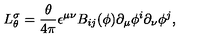
L _ { \theta } ^ { \sigma } = { \frac { \theta } { 4 \pi } } \epsilon ^ { \mu \nu } B _ { i j } ( \phi ) \partial _ { \mu } \phi ^ { i } \partial _ { \nu } \phi ^ { j } ,